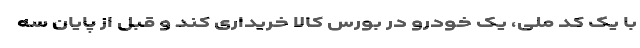
با یک کد ملی، یک خودرو در بورس کالا خریداری کند و قبل از پایان سه